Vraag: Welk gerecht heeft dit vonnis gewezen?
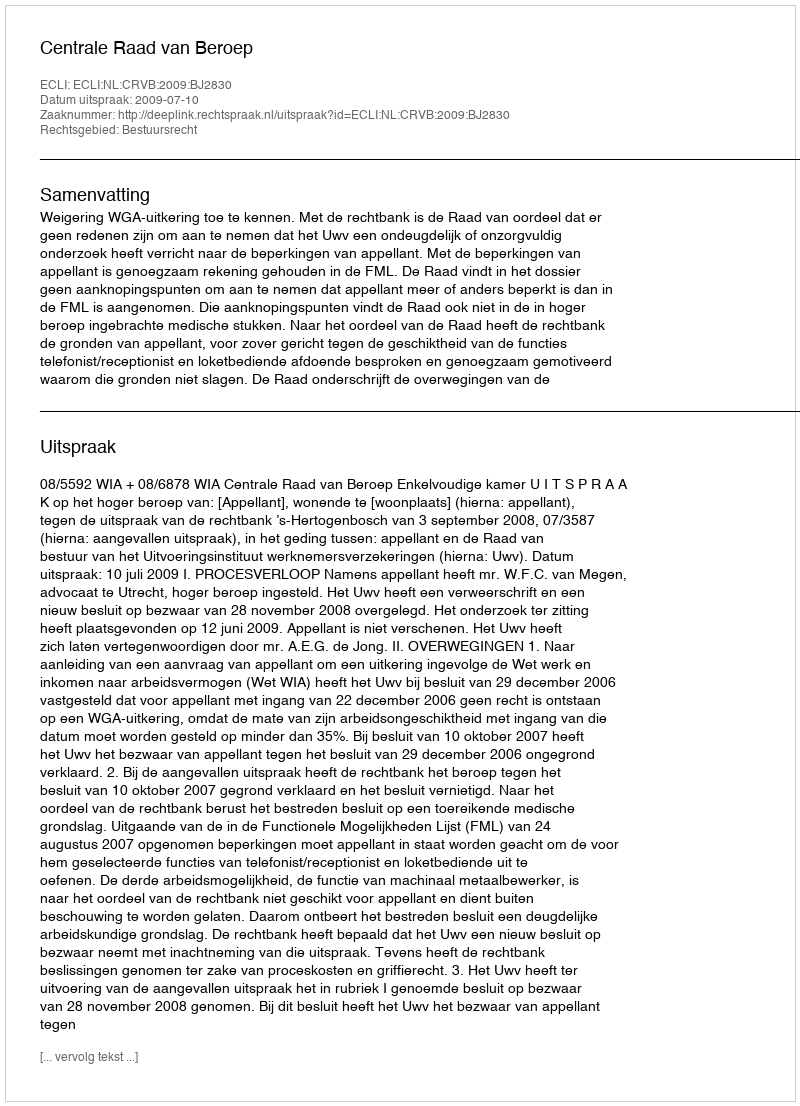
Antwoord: Centrale Raad van Beroep